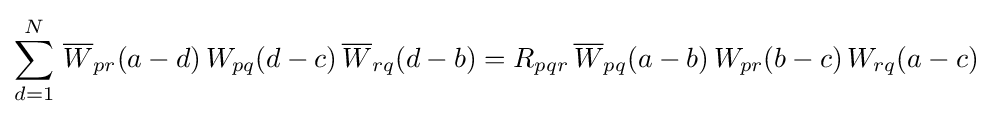
\sum _{d=1}^{N}\,{\overline {W}}_{pr}(a-d)\,W_{pq}(d-c)\,{\overline {W}}_{rq}(d-b)=R_{pqr}\,{\overline {W}}_{pq}(a-b)\,{W}_{pr}(b-c)\,W_{rq}(a-c)